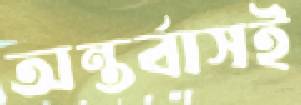
অন্তর্বাসই